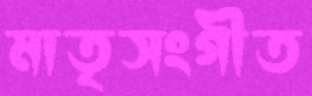
মাতৃসংগীত